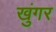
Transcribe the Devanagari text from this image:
खुंगर